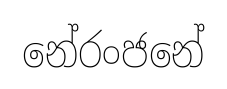
නේරංජනේ